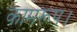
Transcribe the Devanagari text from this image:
कामरूप।